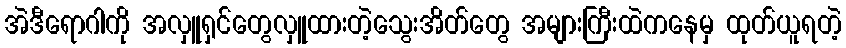
အဲဒီရောဂါကို အလှူရှင်တွေလှူထားတဲ့သွေးအိတ်တွေ အများကြီးထဲကနေမှ ထုတ်ယူရတဲ့